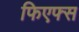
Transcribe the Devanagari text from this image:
फिएफ्स